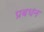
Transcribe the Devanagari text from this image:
प्रबधंन